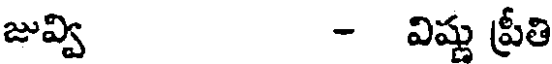
జువ్వి - విష్ణు ప్రీతి